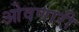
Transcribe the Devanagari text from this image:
ओवणारी